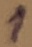
Text: 1